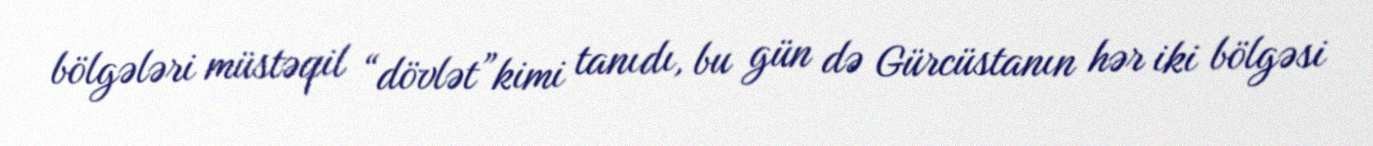
bölgələri müstəqil “dövlət”kimi tanıdı, bu gün də Gürcüstanın hər iki bölgəsi